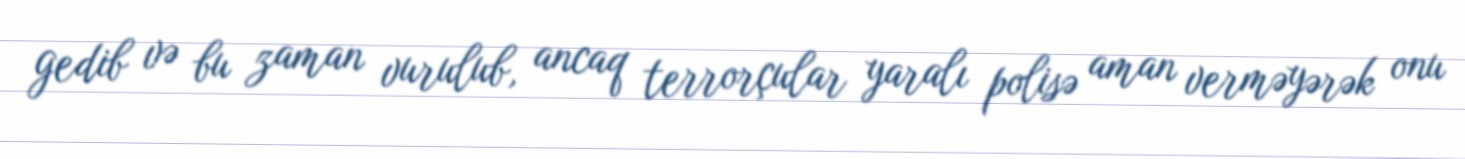
gedib və bu zaman vurulub, ancaq terrorçular yaralı polisə aman verməyərək onu